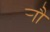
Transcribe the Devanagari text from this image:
र्‍ाौ